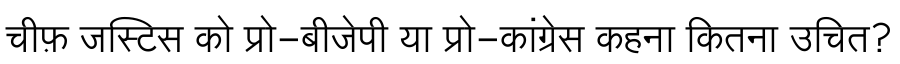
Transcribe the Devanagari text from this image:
चीफ़ जस्टिस को प्रो-बीजेपी या प्रो-कांग्रेस कहना कितना उचित?